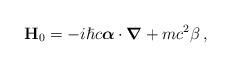
LaTeX: \begin{align*}\mathbf{H}_0 = -i{\hslash}c\boldsymbol{\alpha}\cdot \boldsymbol{\nabla} + mc^2 \beta\, ,\end{align*}